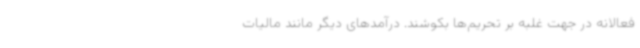
فعالانه در جهت غلبه بر تحریم‌ها بکوشند. درآمدهای دیگر مانند مالیات